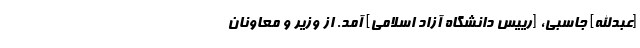
[عبدالله] جاسبی، [رییس دانشگاه آزاد اسلامی] آمد. از وزیر و معاونان